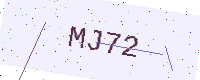
Text: MJ72